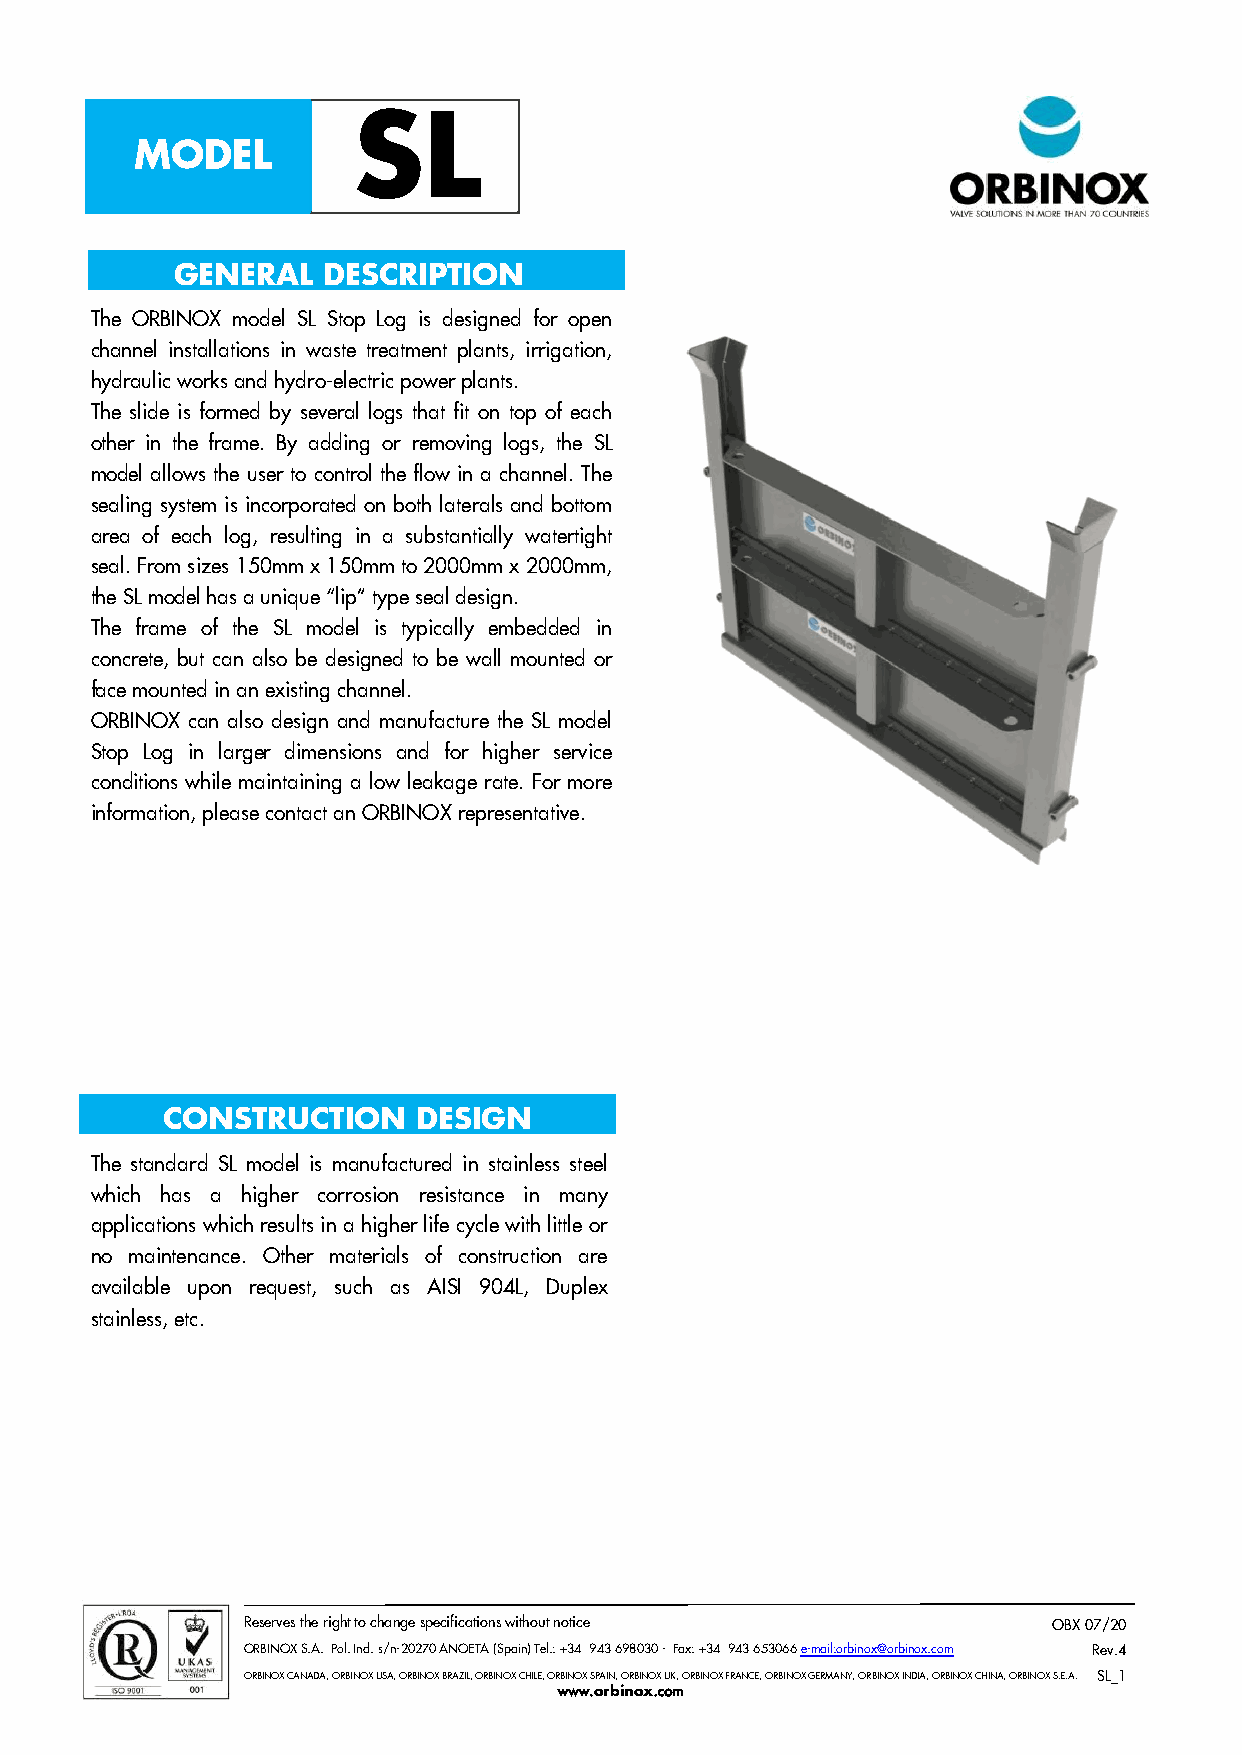
SL
 MODEL
 GENERAL   DESCRIPTION
 The ORBINOX model SL Stop Log is designed for open
 channel installations in waste treatment plants, irrigation,
 hydraulic works and hydro-electric power plants.
 The slide is formed by several logs that fit on top of each
 other in the frame. By adding or removing logs, the SL
 model allows the user to control the flow in a channel. The
 sealing system is incorporated on both laterals and bottom
 area of each log, resulting in a substantially watertight
 seal. From sizes 150mm x 150mm to 2000mm x 2000mm,
 the SL model has a unique “lip” type seal design.
 The frame of the SL model is typically embedded in
 concrete, but can also be designed to be wall mounted or
 face mounted in an existing channel.
 ORBINOX can also design and manufacture the SL model
 Stop Log in larger dimensions and for higher service
 conditions while maintaining a low leakage rate. For more
 information, please contact an ORBINOX representative.
 CONSTRUCTION     DESIGN
 The standard SL model is manufactured in stainless steel
 which has a higher corrosion resistance in many
 applications which results in a higher life cycle with little or
 no maintenance. Other materials of construction are
 available upon request, such as AISI 904L, Duplex
 stainless, etc.
 Reserves the right to change specifications without notice OBX 07/20
 ORBINOX S.A. Pol. Ind. s/n-20270 ANOETA (Spain) Tel.: +34 943 698030 - Fax: +34 943 653066 e-mail:orbinox@orbinox.com Rev.4
 ORBINOX CANADA, ORBINOX USA, ORBINOX BRAZIL, ORBINOX CHILE, ORBINOX SPAIN, ORBINOX UK, ORBINOX FRANCE, ORBINOX GERMANY, ORBINOX INDIA, ORBINOX CHINA, ORBINOX S.E.A. SL_1
 www.orbinox.com